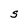
Character: S